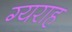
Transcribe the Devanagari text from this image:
ग्यराह